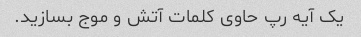
یک آیه رپ حاوی کلمات آتش و موج بسازید.